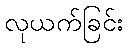
လုယက်ခြင်း